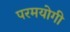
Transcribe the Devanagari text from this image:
परमयोगी